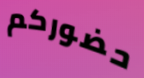
حضوركم